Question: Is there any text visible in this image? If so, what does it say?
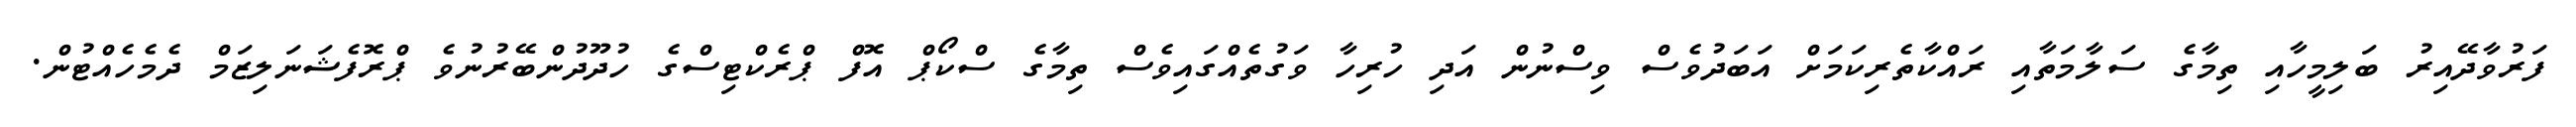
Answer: ފަރުވާދޭއިރު ބަލިމީހާއި ތިމާގެ ސަލާމަތާއި ރައްކާތެރިކަމަށް އަބަދުވެސް ވިސްނުން އަދި ހުރިހާ ވަގުތެއްގައިވެސް ތިމާގެ ސްކޯޕް އޮފް ޕްރެކްޓިސްގެ ހުދޫދުންބޭރުނުވެ ޕްރޮފެޝަނަލިޒަމް ދެމެހެއްޓުން.